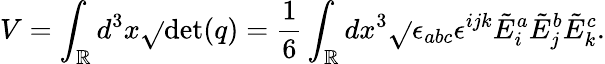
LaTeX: V=\int_{\mathbb{R}}d^{3}x{\sqrt{}{{\operatorname*{det}(q)}}}={\frac{{1}}{{6}}}\int_{\mathbb{R}}dx^{3}{\sqrt{}{{\epsilon_{abc}\epsilon^{ijk}{\tilde{{E}}}_{i}^{a}{\tilde{{E}}}_{j}^{b}{\tilde{{E}}}_{k}^{c}}}}.